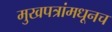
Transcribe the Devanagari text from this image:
मुखपत्रांमधूनच